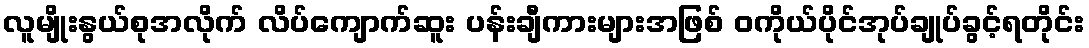
လူမျိုးနွယ်စုအလိုက် လိပ်ကျောက်ဆူး ပန်းချီကားများအဖြစ် ဝကိုယ်ပိုင်အုပ်ချုပ်ခွင့်ရတိုင်း